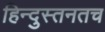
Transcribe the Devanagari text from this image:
हिन्दुस्तनतच